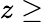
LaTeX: z\geq